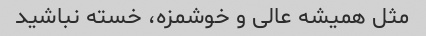
مثل همیشه عالی و خوشمزه، خسته نباشید